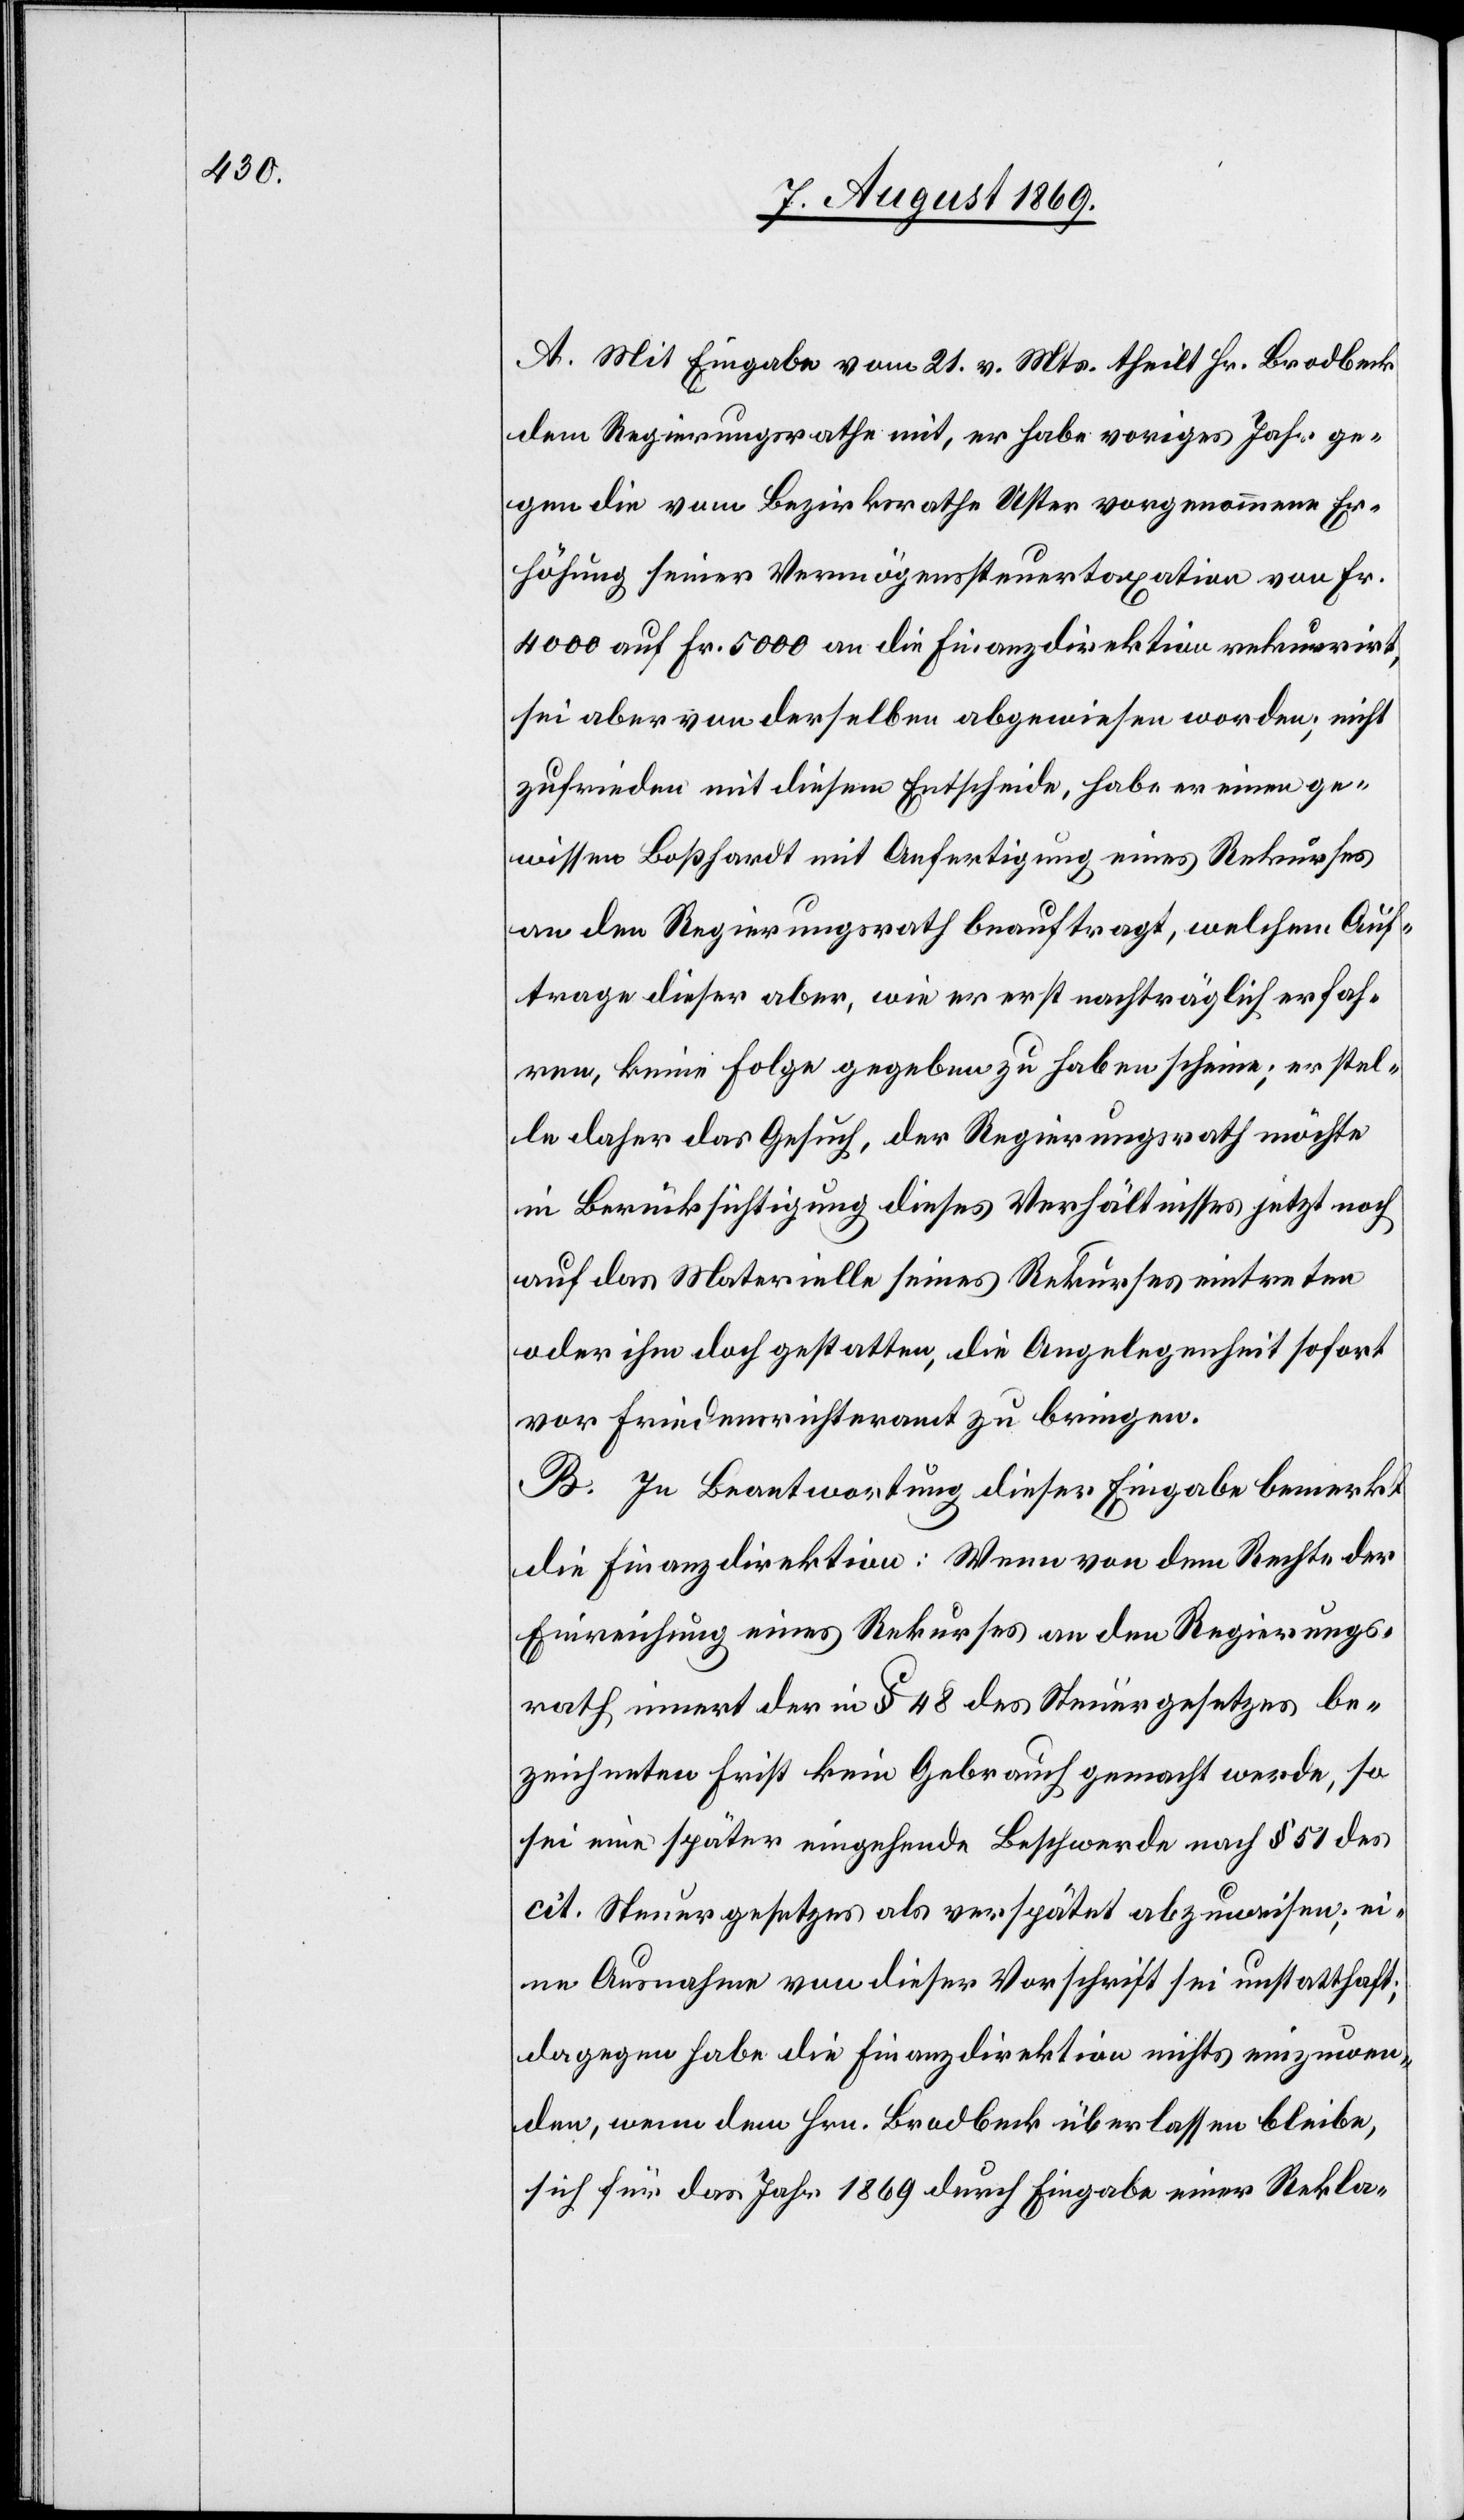
A. Mit Eingabe vom 21 v. Mts. theilt Hr. Bradbeck
dem Regierungsrathe mit, er habe voriges Jahr ge¬
gen die vom Bezirksrathe Uster vorgenommene Er¬
höhung seiner Vermögenssteuertaxation von Fr.
4 000 auf Fr. 5 000 an die Finanzdirektion rekurrirt,
sei aber von derselben abgewiesen worden; nicht
zufrieden mit diesem Entscheide, habe er einen ge¬
wissen Boßhardt mit Anfertigung eines Rekurses
an den Regierungsrath beauftragt, welchem Auf¬
trage dieser aber, wie er erst nachträglich erfah¬
ren, keine Folge gegeben zu haben scheine, er stel¬
le daher das Gesuch, der Regierungsrath möchte
in Berücksichtigung dieses Verhältnisses jetzt noch
auf das Materielle seines Rekurses eintreten
oder ihm doch gestatten, die Angelegenheit sofort
vor Friedensrichteramt zu bringen.
B. In Beantwortung dieser Eingabe bemerkt
die Finanzdirektion: Wenn von dem Rechte der
Einrichtung eines Rekurses an den Regierungs¬
rath innert der in § 48 des Steuergesetzes be¬
zeichneten Frist kein Gebrauch gemacht werde, so
sei eine später eingehende Beschwerde nach § 51 des
cit. Steuergesetzes als verspätet abzuweisen; ei¬
ne Ausnahme von dieser Vorschrift sei unstatthaft;
dagegen habe die Finanzdirektion nichts einzuwen¬
den, wenn dem Hrn. Bradbeck überlassen bleibe,
sich für das Jahr 1869 durch Eingabe einer Rekla-